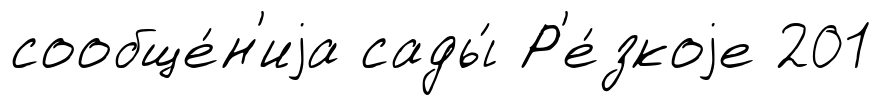
сообще́н'иjа сады́ Р'е́зкоjе 201